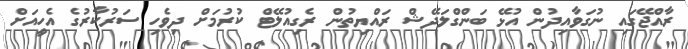
ރާއްޖޭގައި ނުގަވާއިދުން އުޅޭ ބަންގްލަދޭޝް ރައްޔިތުން ރެގިއުލޭޓް ކުރުމަށް ދިވެހި ސަރުކާރުގެ އެހީއަށް